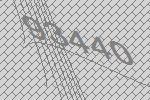
93440